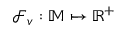
\mathcal { F } _ { v } : \mathbb { M } \mapsto \mathbb { R } ^ { + }